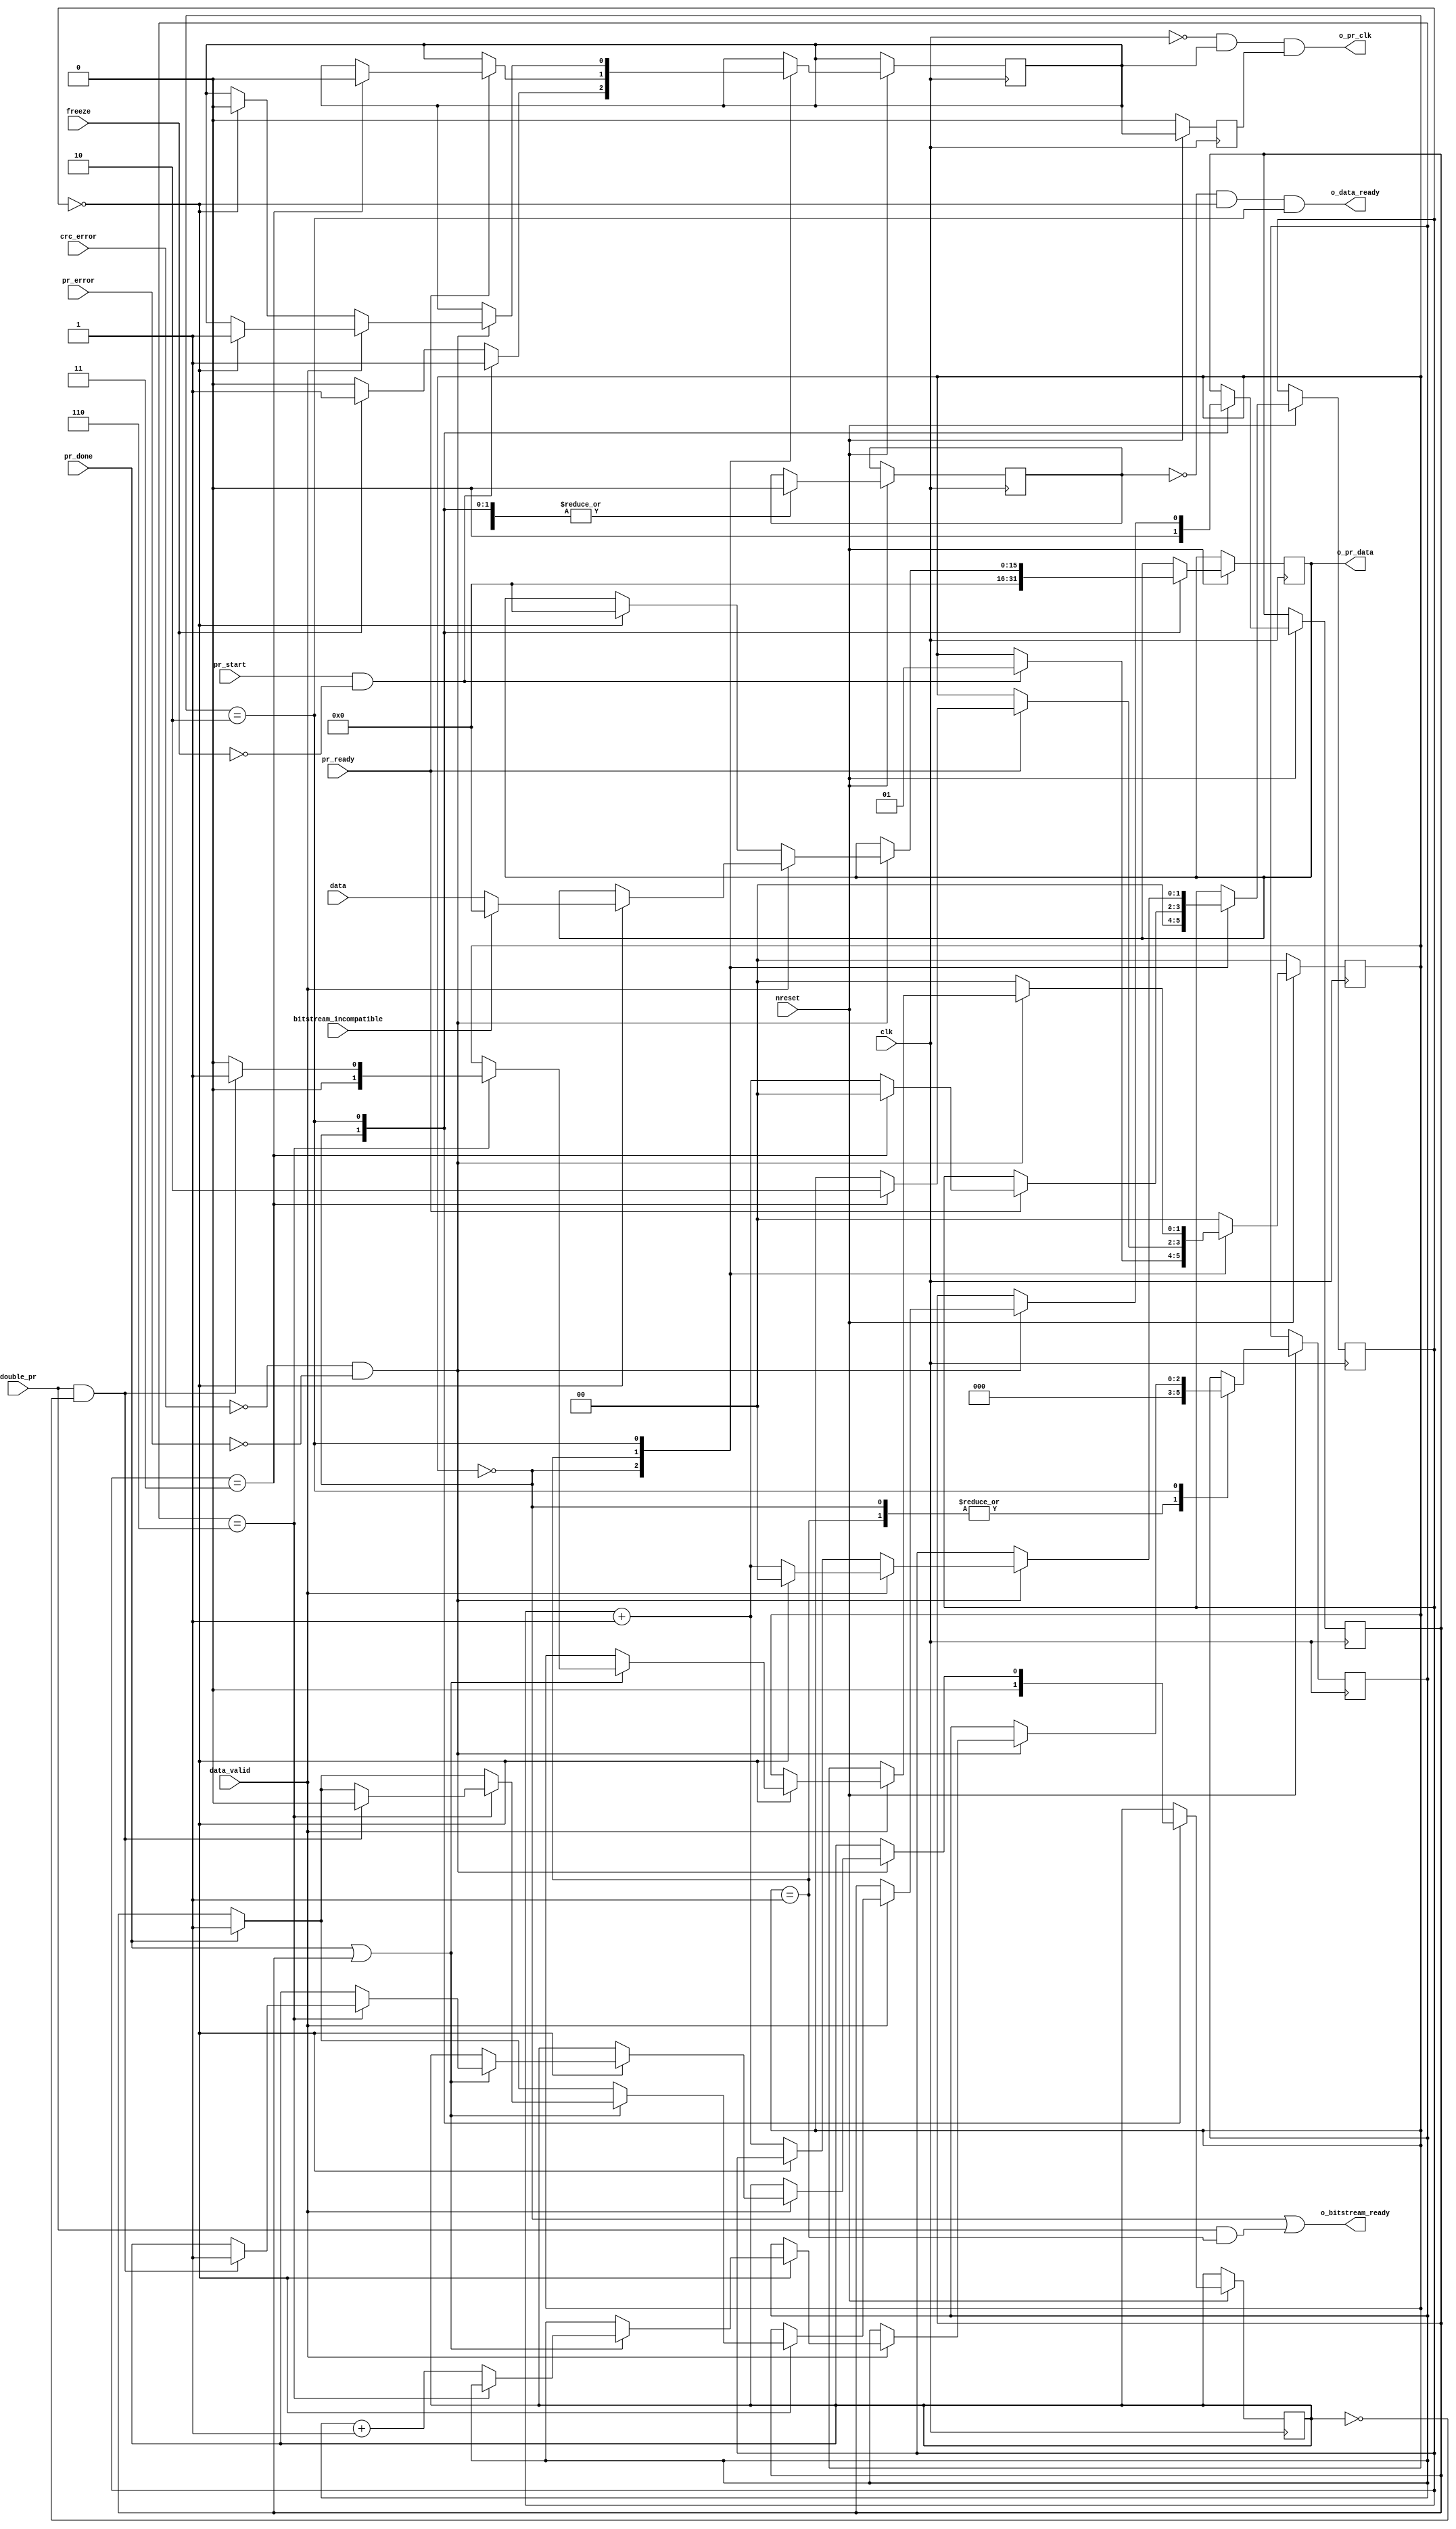
// (C) 2001-2016 Altera Corporation. All rights reserved.
// Your use of Altera Corporation's design tools, logic functions and other 
// software and tools, and its AMPP partner logic functions, and any output 
// files any of the foregoing (including device programming or simulation 
// files), and any associated documentation or information are expressly subject 
// to the terms and conditions of the Altera Program License Subscription 
// Agreement, Altera MegaCore Function License Agreement, or other applicable 
// license agreement, including, without limitation, that your use is for the 
// sole purpose of programming logic devices manufactured by Altera and sold by 
// Altera or its authorized distributors.  Please refer to the applicable 
// agreement for further details.


// synthesis VERILOG_INPUT_VERSION VERILOG_2001

//`define INC_PR_DATA_COUNT

module alt_pr_bitstream_controller_v1(
	clk,
	nreset,
	pr_start,
	double_pr,
	freeze,
	crc_error,
	pr_error,
	pr_ready,
	pr_done,
	data,
	data_valid,
	o_data_ready,
	o_pr_clk,
	o_pr_data,
	bitstream_incompatible,
	o_bitstream_ready
);
	parameter CDRATIO = 1; // valid: 1, 2, or 4
	parameter DONE_TO_END = 7; // normal:7, encrypt:3, compress:1, compress+enc:1
	parameter CB_DATA_WIDTH = 16;
	
	localparam [1:0]	IDLE = 0,
						WAIT_FOR_READY = 1,
						SEND_PR_DATA = 2;
						
	input clk; 
	input nreset;
	input pr_start;
	input double_pr;
	input freeze;
	input crc_error;
	input pr_error;
	input pr_ready;
	input pr_done;
	input [CB_DATA_WIDTH-1:0] data;
	input data_valid;
	input bitstream_incompatible;
	
	output o_data_ready;
	output o_pr_clk;
	output [CB_DATA_WIDTH-1:0] o_pr_data;
	output o_bitstream_ready;
						
	reg [1:0] bitstream_state;
	reg [CB_DATA_WIDTH-1:0] pr_data_reg;
	reg [2:0] done_to_end_cnt;
	reg [1:0] count;
	reg pr_second_pass;
	reg last_data_reg;
	reg pr_done_reg;
	reg enable_dclk_reg;
	reg enable_dclk_neg_reg;

`ifdef INC_PR_DATA_COUNT
	reg [29:0] PR_DATA_COUNT /* synthesis noprune */;
`endif
	
	assign o_data_ready = ~last_data_reg && (count == (CDRATIO-1)) && (bitstream_state == SEND_PR_DATA);
	assign o_pr_clk = ~clk && enable_dclk_reg && enable_dclk_neg_reg;
	assign o_pr_data = pr_data_reg;
	assign o_bitstream_ready = (bitstream_state == IDLE) || (double_pr && (bitstream_state == WAIT_FOR_READY));
	
	// get rid of glitch
	always @(negedge clk)
	begin
		if (~nreset) begin
			enable_dclk_neg_reg <= 0;
		end
		else begin
			enable_dclk_neg_reg <= enable_dclk_reg;
		end
	end
	
	always @(posedge clk)
	begin
		if (~nreset) begin
			bitstream_state <= IDLE;
		end
		else begin
			case (bitstream_state)
				IDLE: 
				begin
					count <= 0;
					pr_data_reg <= 0;
`ifdef INC_PR_DATA_COUNT
					PR_DATA_COUNT <= 0;
`endif
					done_to_end_cnt <= 0;
					pr_second_pass <= 0;
					last_data_reg <= 0;
					pr_done_reg <= 0;
					
					if (pr_start && ~freeze) begin
						enable_dclk_reg <= 1;
						bitstream_state <= WAIT_FOR_READY;
					end
					else if (freeze) begin
						enable_dclk_reg <= 1;
					end
					else begin
						enable_dclk_reg <= 0;
					end
				end

				WAIT_FOR_READY: 
				begin
					last_data_reg <= 0;
					done_to_end_cnt <= 0;
					
					if (pr_ready) begin
						// wait 3 clock cycles before sending 
						// actual PR data at 4th clock
						if (count == 3) begin
							count <= 0;
							bitstream_state <= SEND_PR_DATA;
							enable_dclk_reg <= 0;
						end
						else begin
							count <= count + 2'd1;
						end
					end
				end
				
				SEND_PR_DATA: 
				begin
					if (pr_done && (DONE_TO_END == 1)) begin
						last_data_reg <= 1;
					end
					else begin
						last_data_reg <= 0;
					end
								
					if (~crc_error && ~pr_error) begin
						if (data_valid || (pr_done && (DONE_TO_END == 1))) begin
							if (count == (CDRATIO-1)) begin
								count <= 0;
								enable_dclk_reg <= 1;
								
								if (~bitstream_incompatible) begin
									pr_data_reg <= data;
								end
								else begin
									// send all 0's to assert PR_ERROR
									pr_data_reg <= 0;
								end
								
`ifdef INC_PR_DATA_COUNT
								PR_DATA_COUNT <= PR_DATA_COUNT + 30'd1;
`endif
								if (pr_done) begin
									pr_done_reg <= 1;
								end
								
								if (pr_done || pr_done_reg) begin
									if (done_to_end_cnt == (DONE_TO_END-1)) begin
										count <= 0;
										if (double_pr && ~pr_second_pass) begin
											pr_done_reg <= 0;
											pr_second_pass <= 1;
											bitstream_state <= WAIT_FOR_READY;
										end
										else begin
											bitstream_state <= IDLE;
										end
									end
									else begin
										done_to_end_cnt <= done_to_end_cnt + 3'd1;
									end
								end
							end
							else begin
								count <= count + 2'd1;
							end
						end
						else if (count == (CDRATIO-1)) begin
							enable_dclk_reg <= 0;
							pr_data_reg <= 0;
						end
						else begin
							count <= count + 2'd1;
						end
					end
					else begin
						bitstream_state <= IDLE;
					end
				end
				
				default: 
				begin
					bitstream_state <= IDLE;
				end
			endcase
		end
	end
						
endmodule